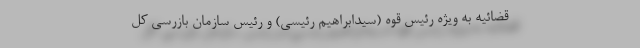
قضائیه به ویژه رئیس قوه (سیدابراهیم رئیسی) و رئیس سازمان بازرسی کل